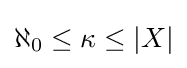
\aleph _{0}\leq \kappa \leq |X|